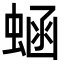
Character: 蜬